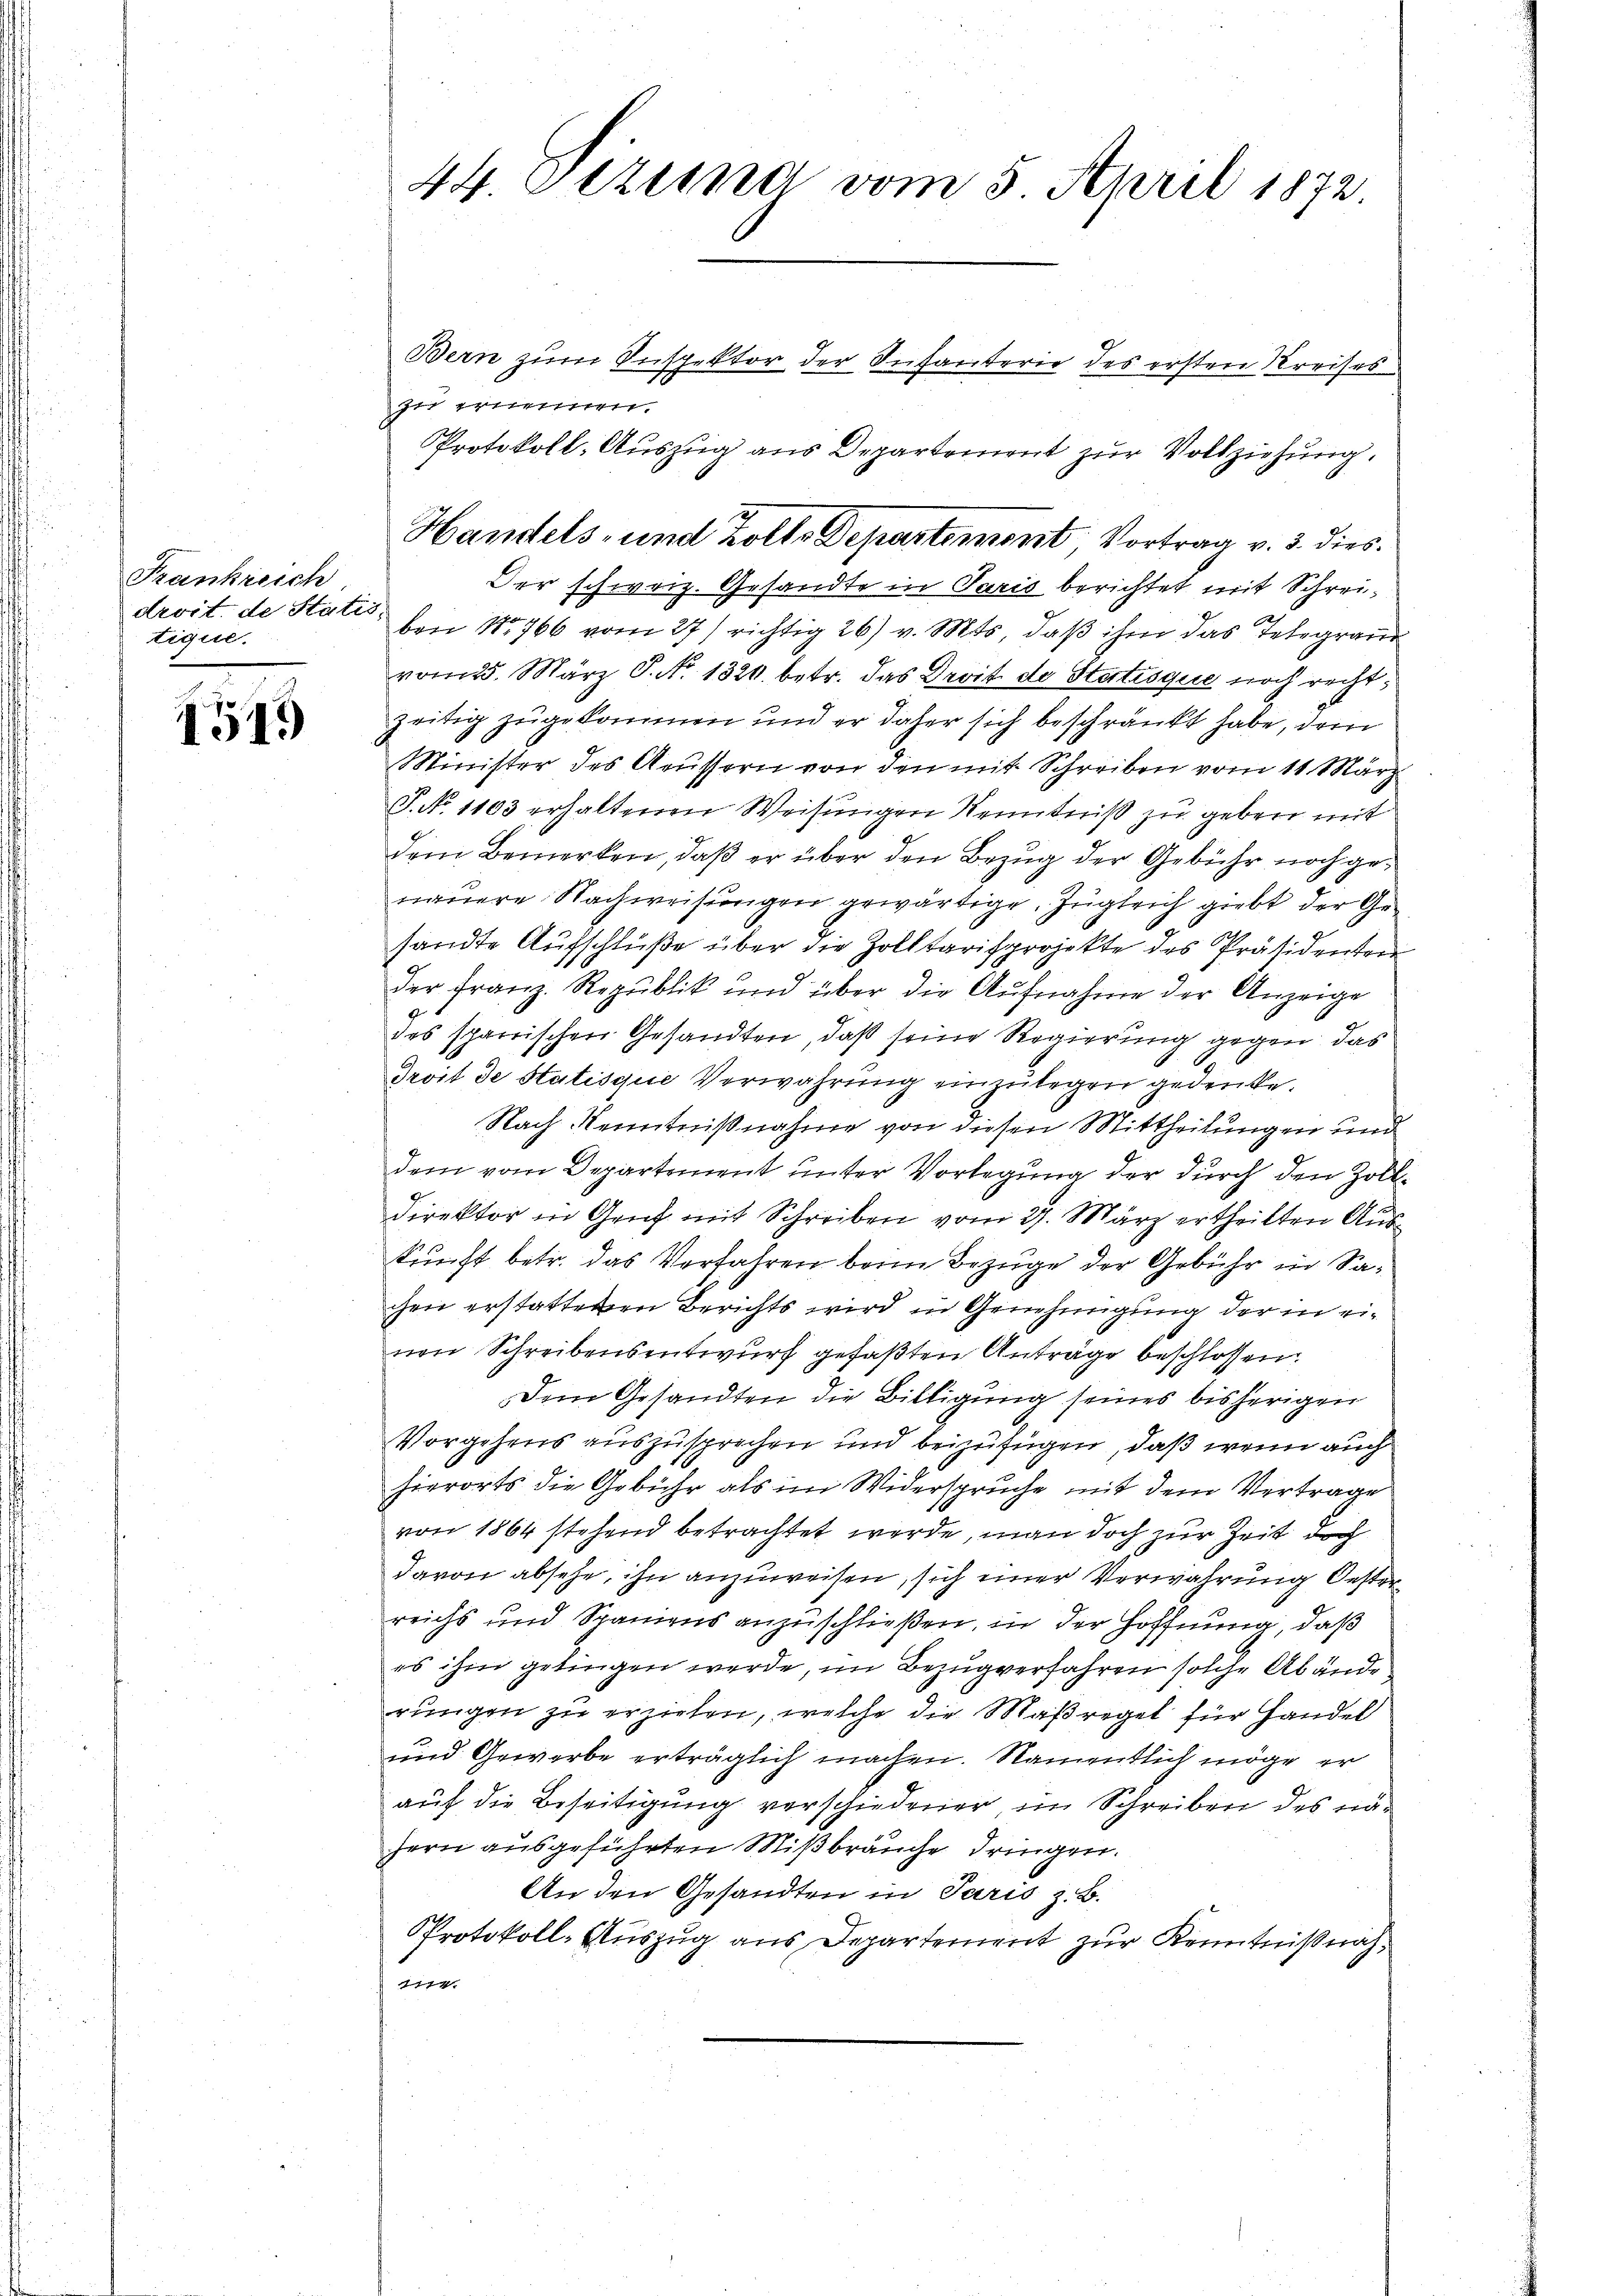
Frankreich
droit de Statis.
tique.

1549

44 Tizia vom 5. April 1872

Bern zum Inspektor der Infanterie des ersten Kreises
zu ernennen.
Protokoll-Auszug aus Departement zur Vollziehung.
Der schweiz. Gesandte in Paris berichtet mit Schreiben No 766 vom 27) richtig 26) v. Mts, daß ihm das Telegrand
vom 25. März S. No. 1320. betr. das Droit de Statisque noch rechtzeitig zugekommen und er daher sich beschränkt habe, dem
Minister des Aeussern von den mit Schreiben vom 11. März
S. No. 1103 erhaltenen Weisungen Kenntniß zu geben mit
Dem Bemerken, daß er über den Bezug der Gebühr noch genauere Nachweisungen gewärtige. Zugleich giebt der Gesandte Aufschlüße über die Zolltarisprojekte des Präsidenten
der Franz. Republik und über die Aufnahme der Anzeige
des sparrischen Gesandten, daß seine Regierung gegen das
droit de Statisque Verwahrung einzulegen gedenke.
Nach Kenntnißnahme von diesen Mittheilungen und
dem vom Departement unter Vorlegung der durch den Zoll¬
Direktor in Genf mit Schreiben vom 27. März ertheilten Auskunft betr. das Verfahren beim Bezuge der Gebühr in Sachen erstattenen Berichts wird in Genehmigung der in eivon Schreibensentwurf gefaßten Anträge beschlossen:
Dem Gesandten die Billigung seines bisherigen
Vorgehens auszusprechen und beizufügen, daß wenn auch
hierorts die Gebühr als im Widerspruche mit dem Vertrage
von 1864 stehend betrachtet werde, man doch zur Zeit doch
davon absehe, ihn anzuweisen, sich einer Verwahrung Oesterreichs und Spaniens anzuschließen, in der Hoffnung, daß
es ihm gelingen werde, im Bezug verfahren solche Abände
rungen zu erziehen, welche die Maßregel für Handel
und Gewerbe erträglich machen. Namentlich möge er
auf die Beseitigung verschiedener im Schreiben des nähern ausgeführten Mißbräuche dringen.
An den Gesandten in Paris z. B.
Protokoll-Auszug aus Departement zur Kenntnißnah¬
1114.

Handels- und Kolle Departement Vortrag v. 3. dies